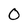
Character: 0